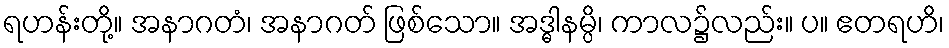
ရဟန်းတို့။ အနာဂတံ၊ အနာဂတ် ဖြစ်သော။ အဒ္ဓါနမ္ပိ၊ ကာလ၌လည်း။ ပ။ ဧတရဟိ၊